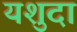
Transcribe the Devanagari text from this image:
यशुदा